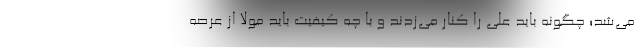
می‌شد؛ چگونه باید علی را کنار می‌زدند و با چه کیفیت باید مولا از عرصه